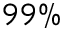
9 9 \%